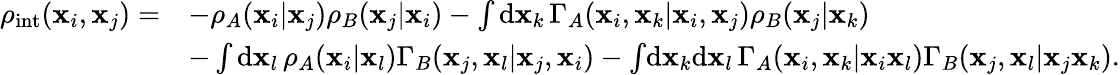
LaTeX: \begin{array}{rl}{\rho_{\mathrm{int}}(\mathbf{x}_{i},\mathbf{x}_{j})=}&{-\rho_{A}(\mathbf{x}_{i}|\mathbf{x}_{j})\rho_{B}(\mathbf{x}_{j}|\mathbf{x}_{i})-\int\mathrm{d}\mathbf{x}_{k}\, \Gamma_{A}(\mathbf{x}_{i},\mathbf{x}_{k}|\mathbf{x}_{i},\mathbf{x}_{j})\rho_{B}(\mathbf{x}_{j}|\mathbf{x}_{k})}\\ &{-\int\mathrm{d}\mathbf{x}_{l}\, \rho_{A}(\mathbf{x}_{i}|\mathbf{x}_{l})\Gamma_{B}(\mathbf{x}_{j},\mathbf{x}_{l}|\mathbf{x}_{j},\mathbf{x}_{i})-\int\! \mathrm{d}\mathbf{x}_{k}\mathrm{d}\mathbf{x}_{l}\, \Gamma_{A}(\mathbf{x}_{i},\mathbf{x}_{k}|\mathbf{x}_{i}\mathbf{x}_{l})\Gamma_{B}(\mathbf{x}_{j},\mathbf{x}_{l}|\mathbf{x}_{j}\mathbf{x}_{k}).}\end{array}